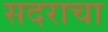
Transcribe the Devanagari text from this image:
सदराचा